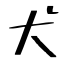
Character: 犬